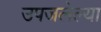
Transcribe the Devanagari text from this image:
उपजलेल्या